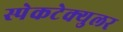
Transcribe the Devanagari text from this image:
स्पेकटेक्युलर